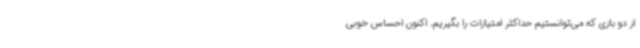
از دو بازی که می‌توانستیم حداکثر امتیازات را بگیریم. اکنون احساس خوبی